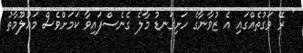
' ރޭ ވަގުތެއްގައި އެ ޒުވާނާގެ ހަށިގަނޑު މާލެ ގެނެސްފައިވާ ކަމަށްވެސް މައުލޫމާތު